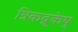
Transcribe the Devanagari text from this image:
त्रिकद्रुकेषु